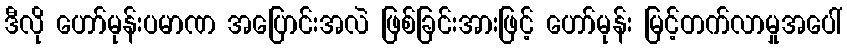
ဒီလို ဟော်မုန်းပမာဏ အပြောင်းအလဲ ဖြစ်ခြင်းအားဖြင့် ဟော်မုန်း မြင့်တက်လာမှုအပေါ်